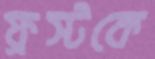
ফ্রস্টকে